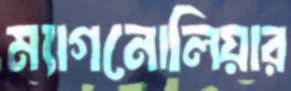
ম্যাগনোলিয়ার